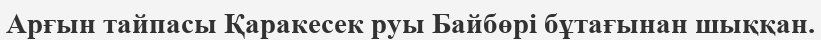
Арғын тайпасы Қаракесек руы Байбөрі бұтағынан шыққан.